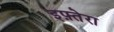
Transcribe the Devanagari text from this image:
इफ़्तेरा